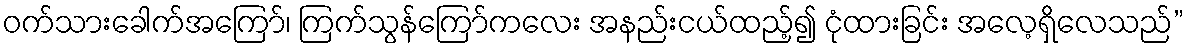
ဝက်သားခေါက်အကြော်၊ ကြက်သွန်ကြော်ကလေး အနည်းငယ်ထည့်၍ ငုံထားခြင်း အလေ့ရှိလေသည်”